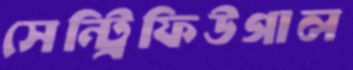
সেন্ট্রিফিউগাল